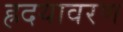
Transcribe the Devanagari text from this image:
ह्रदयावरण